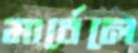
মার্বেলে